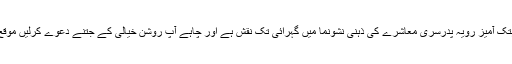
حقیقت تو یہ ہے کہ عورتوں کے حوالے سے ہتک آمیز رویہ پدرسری معاشرے کی ذہنی نشونما میں گہرائی تک نقش ہے اور چاہے آپ روشن خیالی کے جتنے دعوے کرلیں موقع بہ موقع یہ نقش اپنی جھلک دکھلا ہی دیتا ہے۔